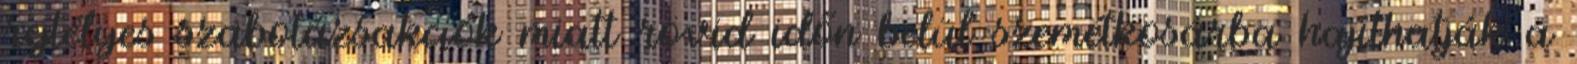
rejtélyes szabotázsakciók miatt rövid időn belül szemétkosárba hajíthatják a